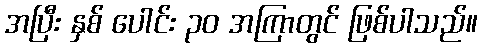
အပြီး နှစ် ပေါင်း ၃၀ အကြာတွင် ဖြစ်ပါသည်။